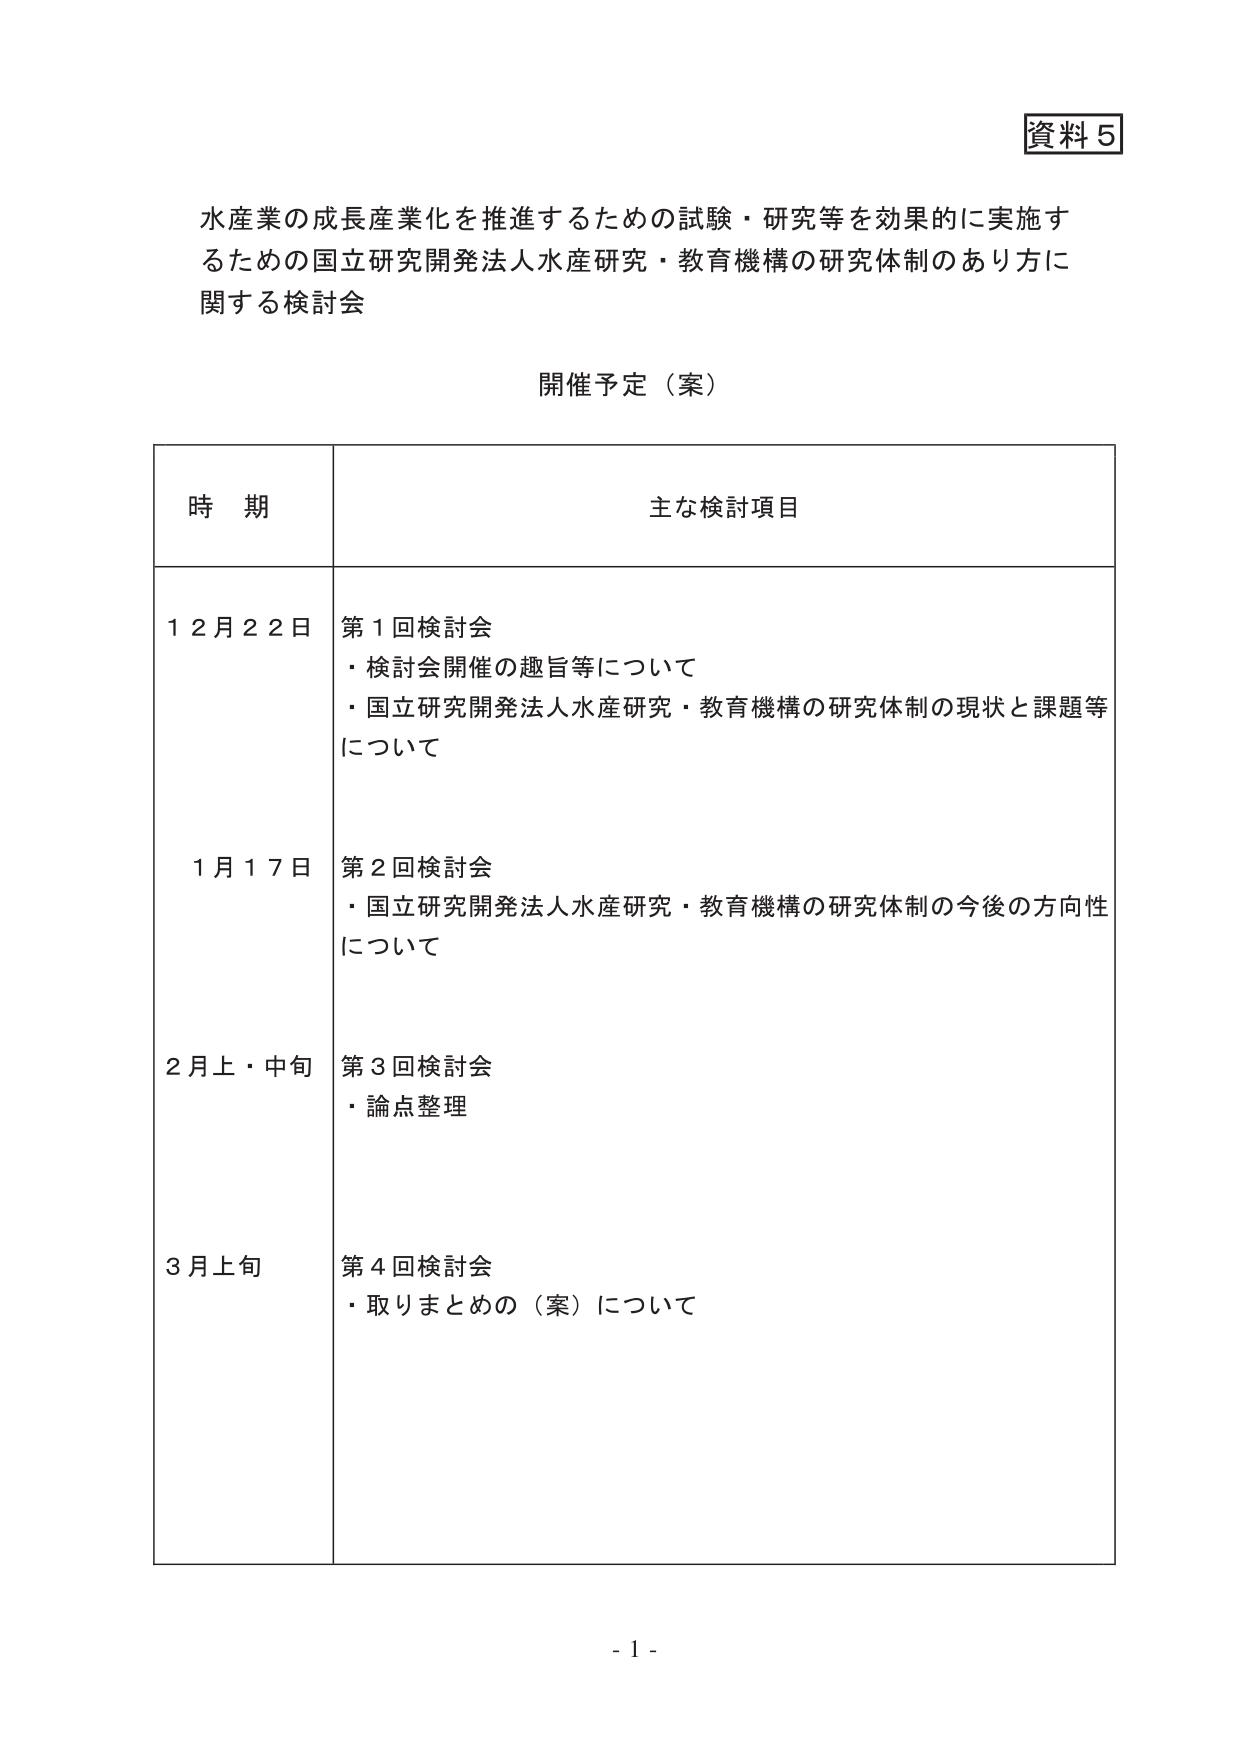
資料５

水産業の成長産業化を推進するための試験・研究等を効果的に実施するための国立研究開発法人水産研究・教育機構の研究体制のあり方に関する検討会

開催予定（案）

時期 主な検討項目

１２月２２日 第１回検討会
・検討会開催の趣旨等について
・国立研究開発法人水産研究・教育機構の研究体制の現状と課題等について

１月１７日 第２回検討会
・国立研究開発法人水産研究・教育機構の研究体制の今後の方向性について

２月上・中旬 第３回検討会
・論点整理

３月上旬 第４回検討会
・取りまとめの（案）について

- 1 -